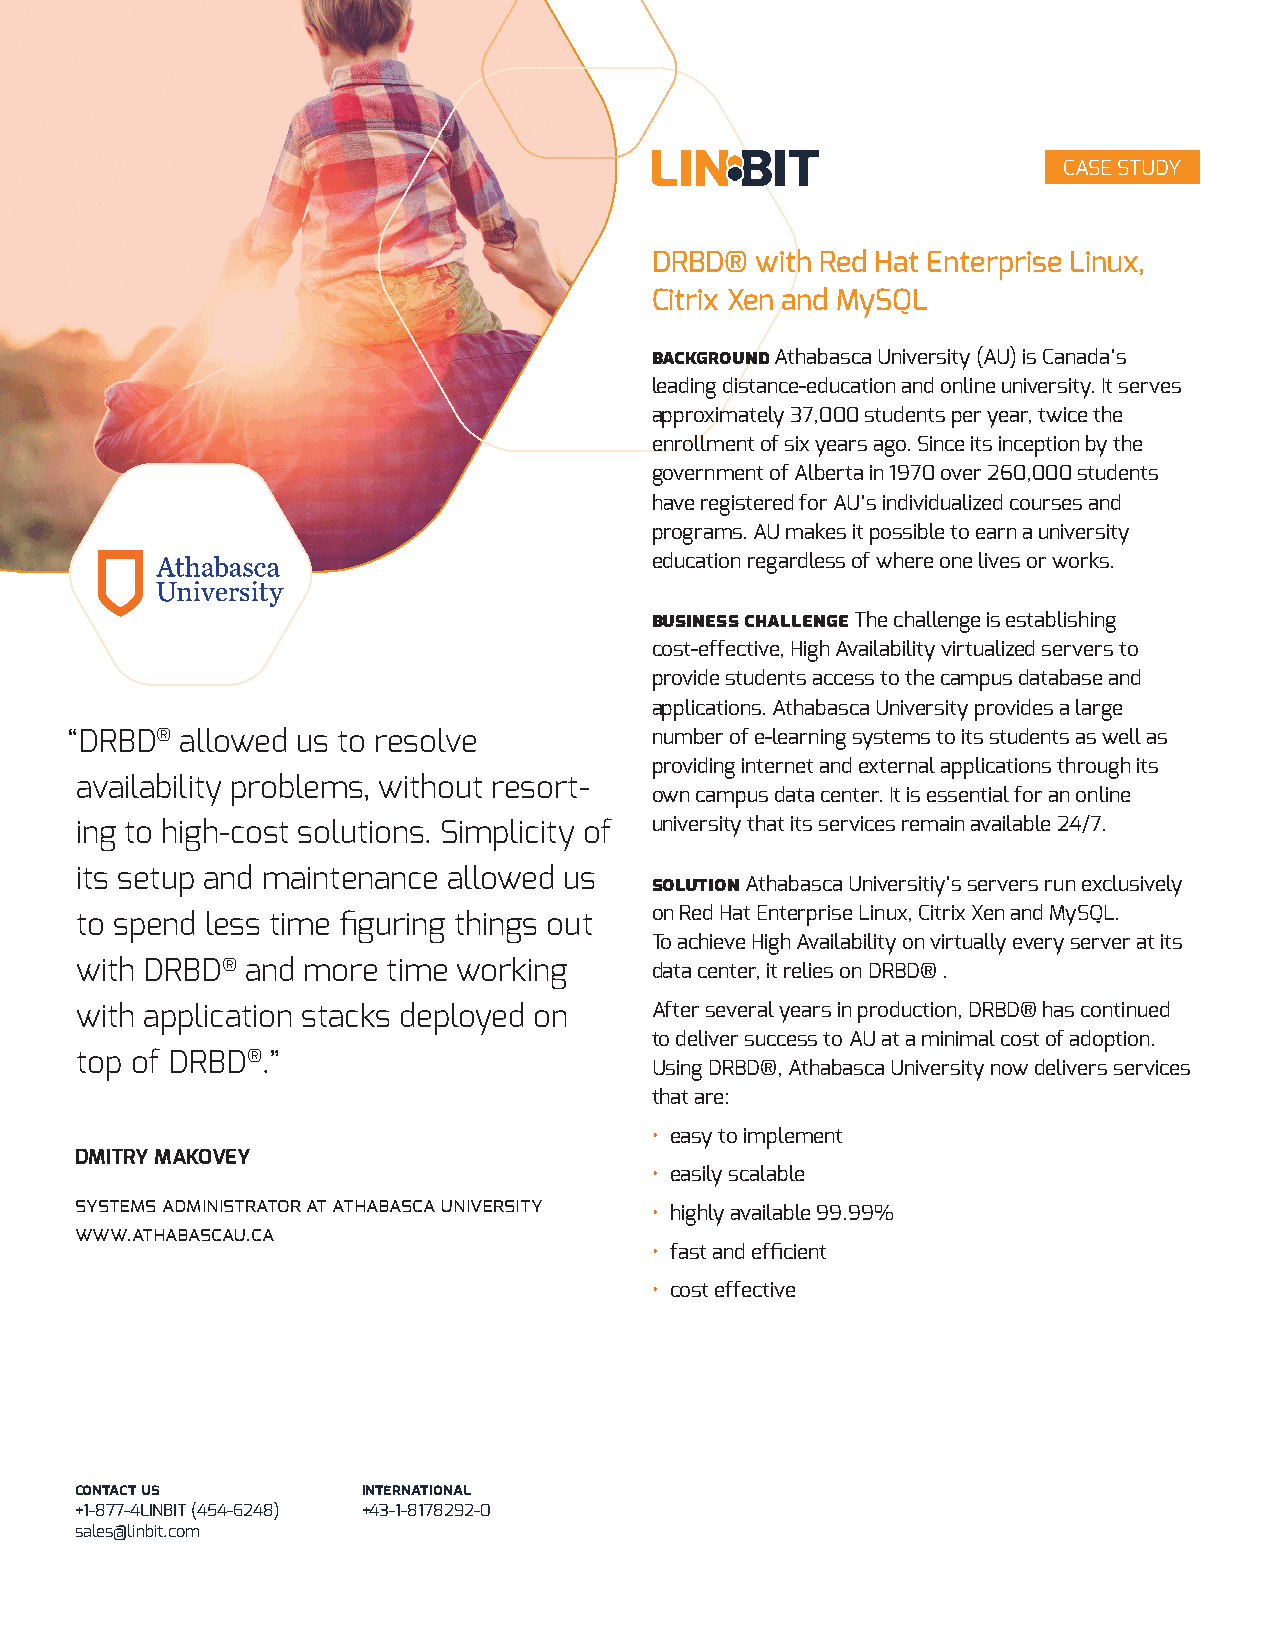
CASE STUDY
 DRBD®  with Red Hat Enterprise Linux,
 Citrix Xen and MySQL
 background Athabasca University (AU) is Canada’s
 leading distance-education and online university. It serves
 approximately 37,000 students per year, twice the
 enrollment of six years ago. Since its inception by the
 government of Alberta in 1970 over 260,000 students
 have registered for AU’s individualized courses and
 programs. AU makes it possible to earn a university
 education regardless of where one lives or works.
 business challenge The challenge is establishing
 cost-effective, High Availability virtualized servers to
 provide students access to the campus database and
 applications. Athabasca University provides a large
 “DRBD®  allowed us to resolve          number of e-learning systems to its students as well as
 providing internet and external applications through its
 availability problems, without resort-
 own campus data center. It is essential for an online
 ing to high-cost solutions. Simplicity of university that its services remain available 24/7.
 its setup and maintenance allowed us
 solution Athabasca Universitiy’s servers run exclusively
 on Red Hat Enterprise Linux, Citrix Xen and MySQL.
 to spend less time fi guring things out
 To achieve High Availability on virtually every server at its
 with DRBD® and more  time working     data center, it relies on DRBD® .
 with application stacks deployed on   After several years in production, DRBD® has continued
 to deliver success to AU at a minimal cost of adoption.
 top of DRBD®.”
 Using DRBD®, Athabasca University now delivers services
 that are:
 • easy to implement
 DMITRY MAKOVEY
 • easily scalable
 systems administrator at athabasca university
 • highly available 99.99%
 www.athabascau.ca
 • fast and effi cient
 • cost effective
 contact us         international
 +1-877-4LINBIT (454-6248) +43-1-8178292-0
 sales@linbit.com